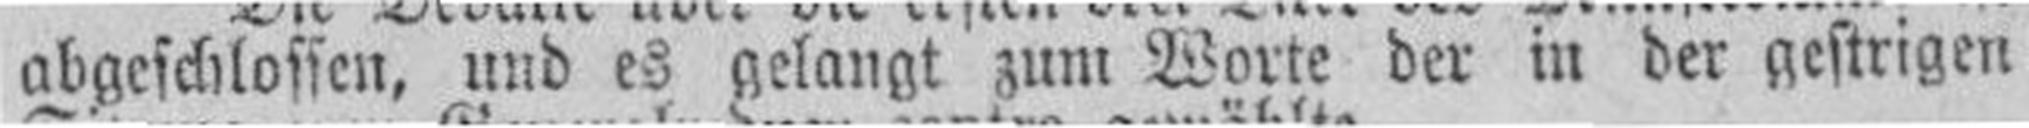
abgeschlossen, und es gelangt zum Worte der in der gestrigen